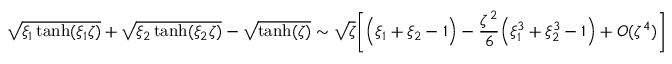
\sqrt { \xi _ { 1 } \operatorname { t a n h } ( \xi _ { 1 } \zeta ) } + \sqrt { \xi _ { 2 } \operatorname { t a n h } ( \xi _ { 2 } \zeta ) } - \sqrt { \operatorname { t a n h } ( \zeta ) } \sim \sqrt { \zeta } \bigg [ \Big ( \xi _ { 1 } + \xi _ { 2 } - 1 \Big ) - \frac { \zeta ^ { 2 } } { 6 } \Big ( \xi _ { 1 } ^ { 3 } + \xi _ { 2 } ^ { 3 } - 1 \Big ) + O ( \zeta ^ { 4 } ) \bigg ]